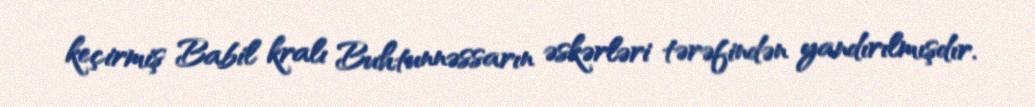
keçirmiş Babil kralı Buhtunnəssarın əskərləri tərəfindən yandırılmışdır.